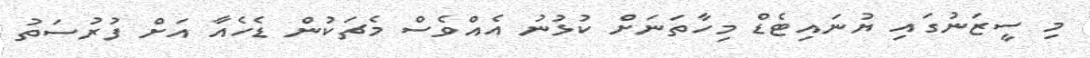
މި ސީޒަނުގައި ޔުނައިޓެޑް މިހާތަނަށް ކުޅުނު އެއްވެސް މެޗަކުން ޑެހެއާ އަށް ފުރުސަތު